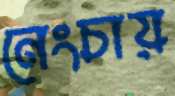
নেংচায়